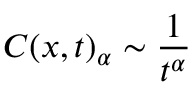
C ( x , t ) _ { \alpha } \sim \frac { 1 } { t ^ { \alpha } }